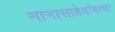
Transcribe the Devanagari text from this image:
नानासाहेबांबाचा